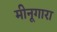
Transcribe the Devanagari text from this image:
मीनूगारा